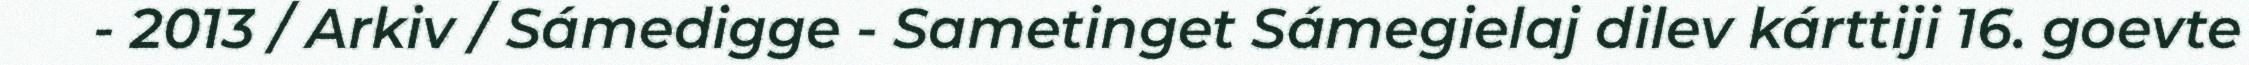
- 2013 / Arkiv / Sámedigge - Sametinget Sámegielaj dilev kárttiji 16. goevte